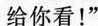
给你看！”